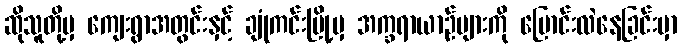
ဆိုသူတို့မှ ကျေးရွာအတွင်းနှင့် ချုံကင်းမြို့မှ အက္ခရာယာဉ်များကို ပြောင်းလဲနေခြင်းမှာ